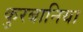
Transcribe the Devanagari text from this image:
कुरबानिया